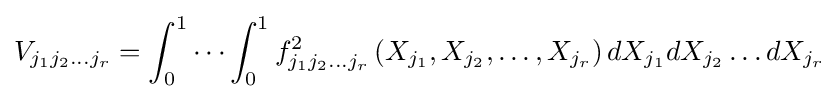
V_{j_{1}j_{2}\dots j_{r}}=\int _{0}^{1}\cdots \int _{0}^{1}f_{j_{1}j_{2}\dots j_{r}}^{2}\left(X_{j_{1}},X_{j_{2}},\dots ,X_{j_{r}}\right)dX_{j_{1}}dX_{j_{2}}\dots dX_{j_{r}}